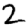
Digit: 2